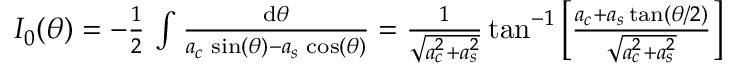
\begin{array} { r } { I _ { 0 } ( \theta ) = - { \frac { 1 } { 2 } } \, \int { \frac { \mathrm { d } \theta } { a _ { c } \, \sin ( \theta ) - a _ { s } \, \cos ( \theta ) } } = { \frac { 1 } { \sqrt { a _ { c } ^ { 2 } + a _ { s } ^ { 2 } } } } \tan ^ { - 1 } \left[ { \frac { a _ { c } + a _ { s } \tan ( \theta / 2 ) } { \sqrt { a _ { c } ^ { 2 } + a _ { s } ^ { 2 } } } } \right] } \end{array}